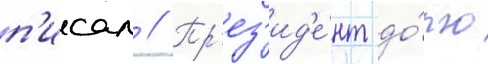
п'исал // Пр'ез'ид'е́нт до́лго